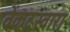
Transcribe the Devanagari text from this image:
वेंकटस्वारा